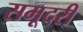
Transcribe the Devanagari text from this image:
समूदरी